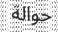
حوالة